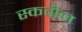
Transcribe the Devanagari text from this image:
स्कवीज